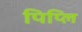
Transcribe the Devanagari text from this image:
पिप्लि